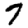
Digit: 7